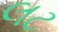
લટ